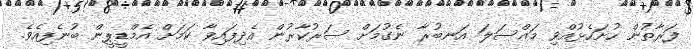
ފަރާތުން ހުށަހެޅުއްވި މައްސަލަ އަނބުރާ ނެގުމަށް ސަރުކާރުން އެދިފައިވާ ކަމަށް އެމްޑީޕީން ބުނެފިއެވެ.